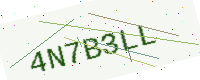
Text: 4N7B3LL